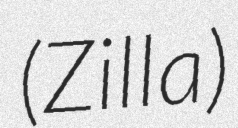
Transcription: (Zilla)